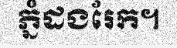
ភ្នំដងរែក។